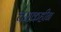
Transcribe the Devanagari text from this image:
चमकहीन